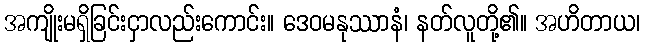
အကျိုးမရှိခြင်းငှာလည်းကောင်း။ ဒေဝမနုဿာနံ၊ နတ်လူတို့၏။ အဟိတာယ၊